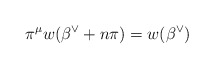
\begin{align*}\pi^\mu w(\beta^\vee + n \pi) = w(\beta^\vee)\end{align*}